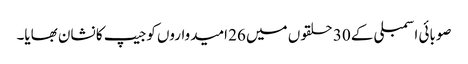
صوبائی اسمبلی کے 30 حلقوں میں 26 امیدواروں کوجیپ کا نشان بھایا۔